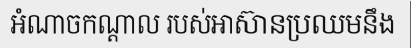
អំណាចកណ្តាល របស់អាស៊ានប្រឈមនឹង